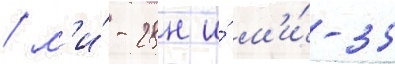
/ м'и́-28н и́ м'и́-35